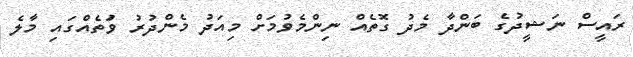
ރައީސް ނަޝީދުގެ ބަަންދާ މެދު ގޮތެއް ނިންމެވުމަށް މިއަދު މެންދުރު ވަުތެއްގައި މާލެ